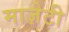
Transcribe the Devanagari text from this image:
माज़ेटी